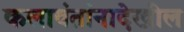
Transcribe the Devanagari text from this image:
कलावंतांनादेखील